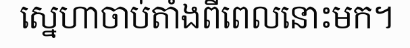
ស្នេហាចាប់តាំងពីពេលនោះមក។